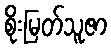
စိုးမြတ်သူဇာ